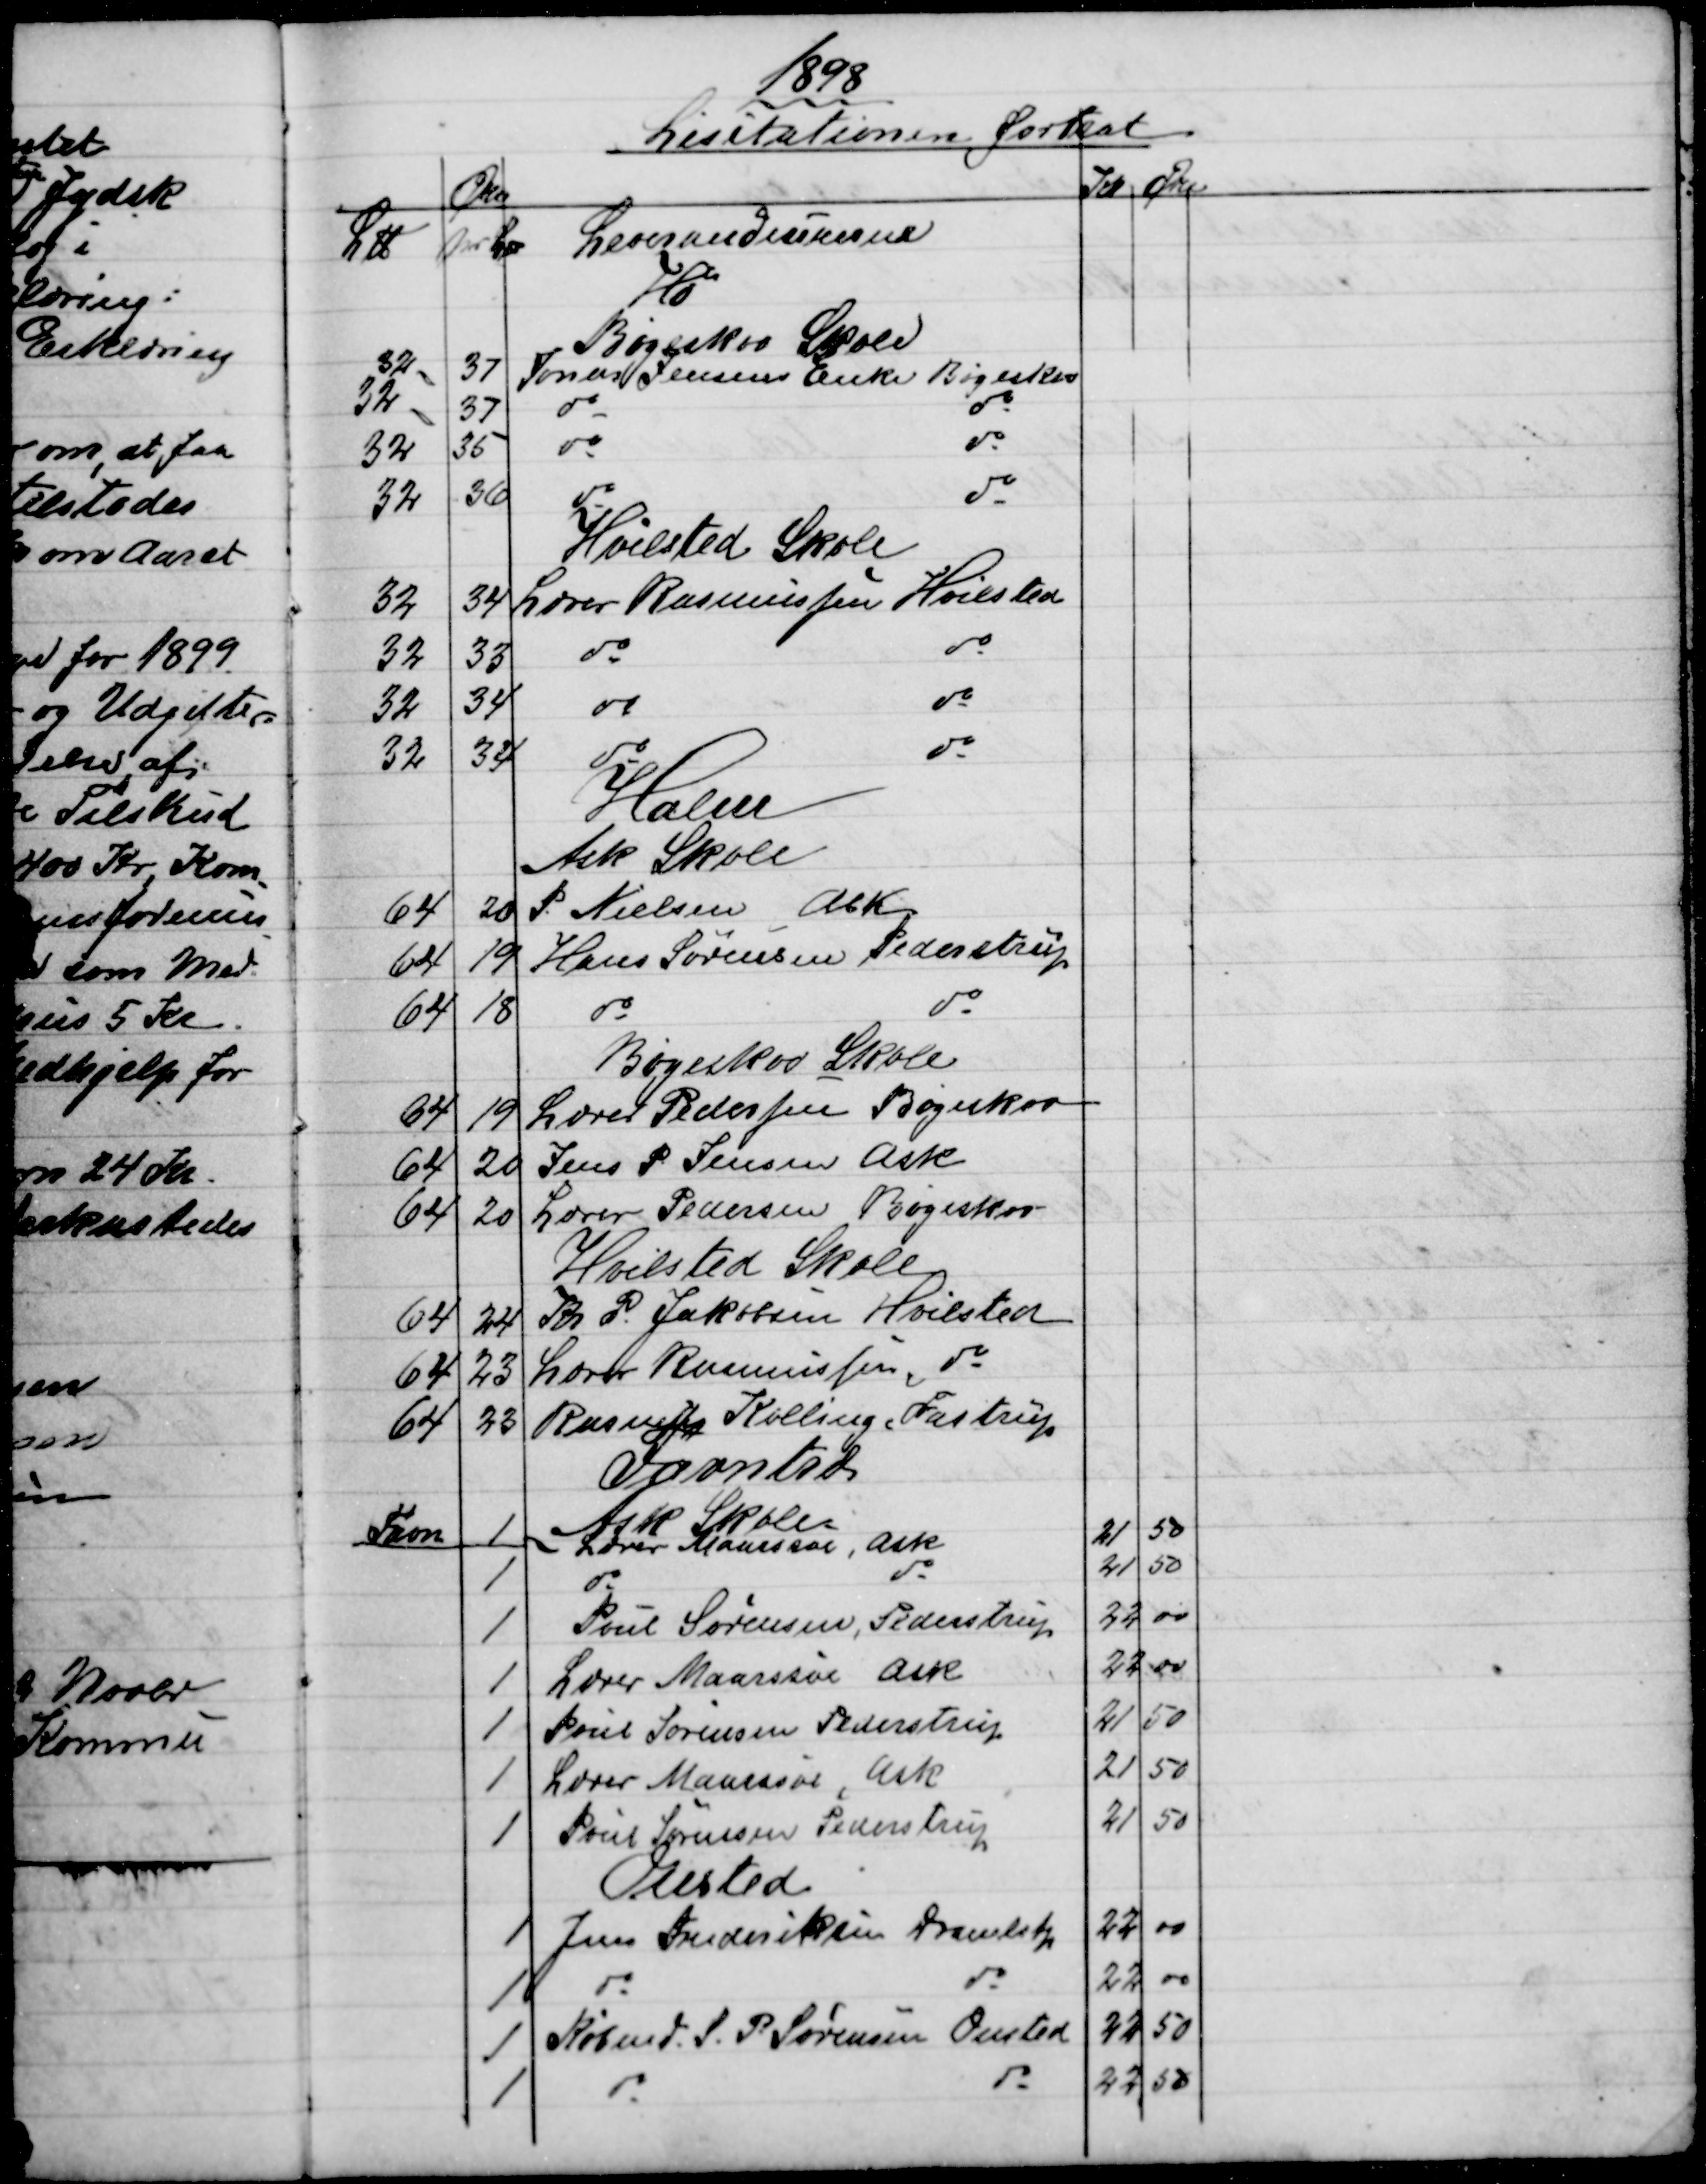
Transskription:
1898
Lisitationen fortsat
Øre
Kr 
Øre
L℔
pr L℔
Leverandeurerne
Hø
Bøgeskov skole
32
37
Jonas Jensens Enke Bøgeskov
32
37
do
do
32
35
do
do
32
36
do
do
Hvilsted Skole
32
34
Lærer Rasmussen Hvilsted
32
33
do
do
32
34
do
do
32
34
do
do
Halm
Ask Skole
64
20
P. Nielsen Ask
64
19
Hans Sørensen, Pederstrup
64
18
do
do
Bøgeskov skole
64
19
Lærer Pedersen Bøgekov
64
20
Jens P. Jensen Ask
64
20
Lærer Pedersen Bøgeskov
Hvilsted Skole
64
24
Kr. P. Jakobsen Hvilsted
64
23
Lærer Rasmussen, do
64
23
Rasmus Kolling, Fastrup
Favntræ
Ask Skole
Favn
1
Lærer Maarssøe, Ask
21
50
1
do
do
21
50
1
Poul Sørensen, Pederstrup
22
00
1
Lærer Maarssøe Ask
22
00
1
Poul Sørensen Pederstrup
21
50
1
Lærer Maarssøe, Ask
21
50
1
Poul Sørensen Pederstrup
21
50
Onsted
1
Jens Frederiksen Dramlstp
22
00
1
do
do
22
00
1
Købmd. S. P. Sørensen Onsted
22
50
1
do
do
22
50